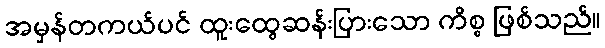
အမှန်တကယ်ပင် ထူးထွေဆန်းပြားသော ကိစ္စ ဖြစ်သည်။